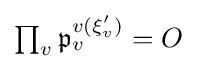
\textstyle \prod _{v}{\mathfrak {p}}_{v}^{v(\xi '_{v})}=O